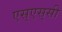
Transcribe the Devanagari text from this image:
एस्‌एस्‌सी